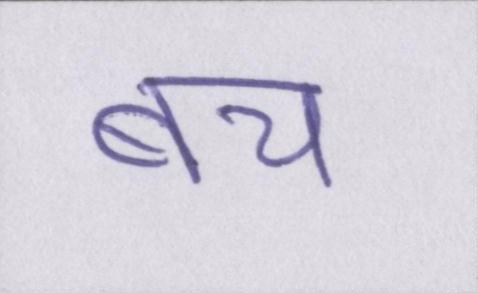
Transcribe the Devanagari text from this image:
बच